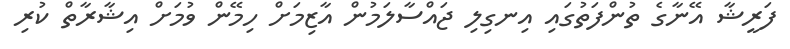
ފަރީޝާ އޭނާގެ ތުންފަތުގައި އިނގިލި ޖައްސާލަމުން އާޒިމަށް ހިމޭން ވުމަށް އިޝާރާތް ކުރި